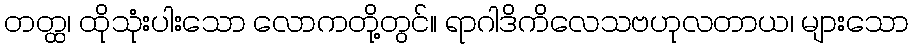
တတ္ထ၊ ထိုသုံးပါးသော လောကတို့တွင်။ ရာဂါဒိကိလေသဗဟုလတာယ၊ များသော